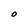
Character: O